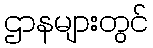
ဌာနများတွင်